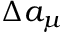
\Delta a _ { \mu }